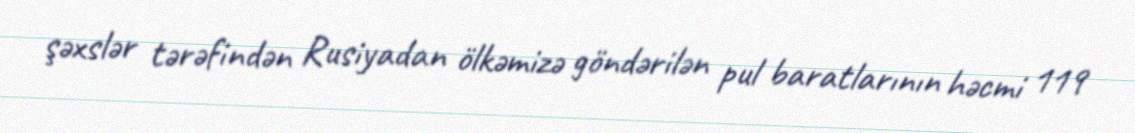
şəxslər tərəfindən Rusiyadan ölkəmizə göndərilən pul baratlarının həcmi 119